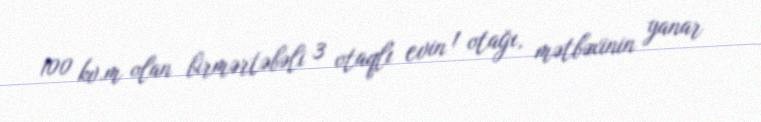
100 kv.m olan birmərtəbəli 3 otaqlı evin 1 otağı, mətbəxinin yanar